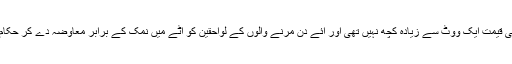
اْن کے لئے ان لوگوں کی قیمت ایک ووٹ سے زیادہ کچھ نہیں تھی اور آئے دن مرنے والوں کے لواحقین کو آٹے میں نمک کے برابر معاوضہ دے کر حْکام اپنا فرض ادا کر دیتے۔